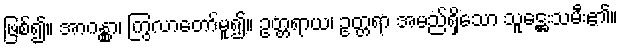
ဖြစ်၍။ အာဂန္တွာ၊ ကြွလာတော်မူ၍။ ဥတ္တရာယ၊ ဥတ္တရာ အမည်ရှိသော သူဋ္ဌေးသမီး၏။